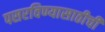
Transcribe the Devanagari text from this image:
पसरविण्यासाठीची